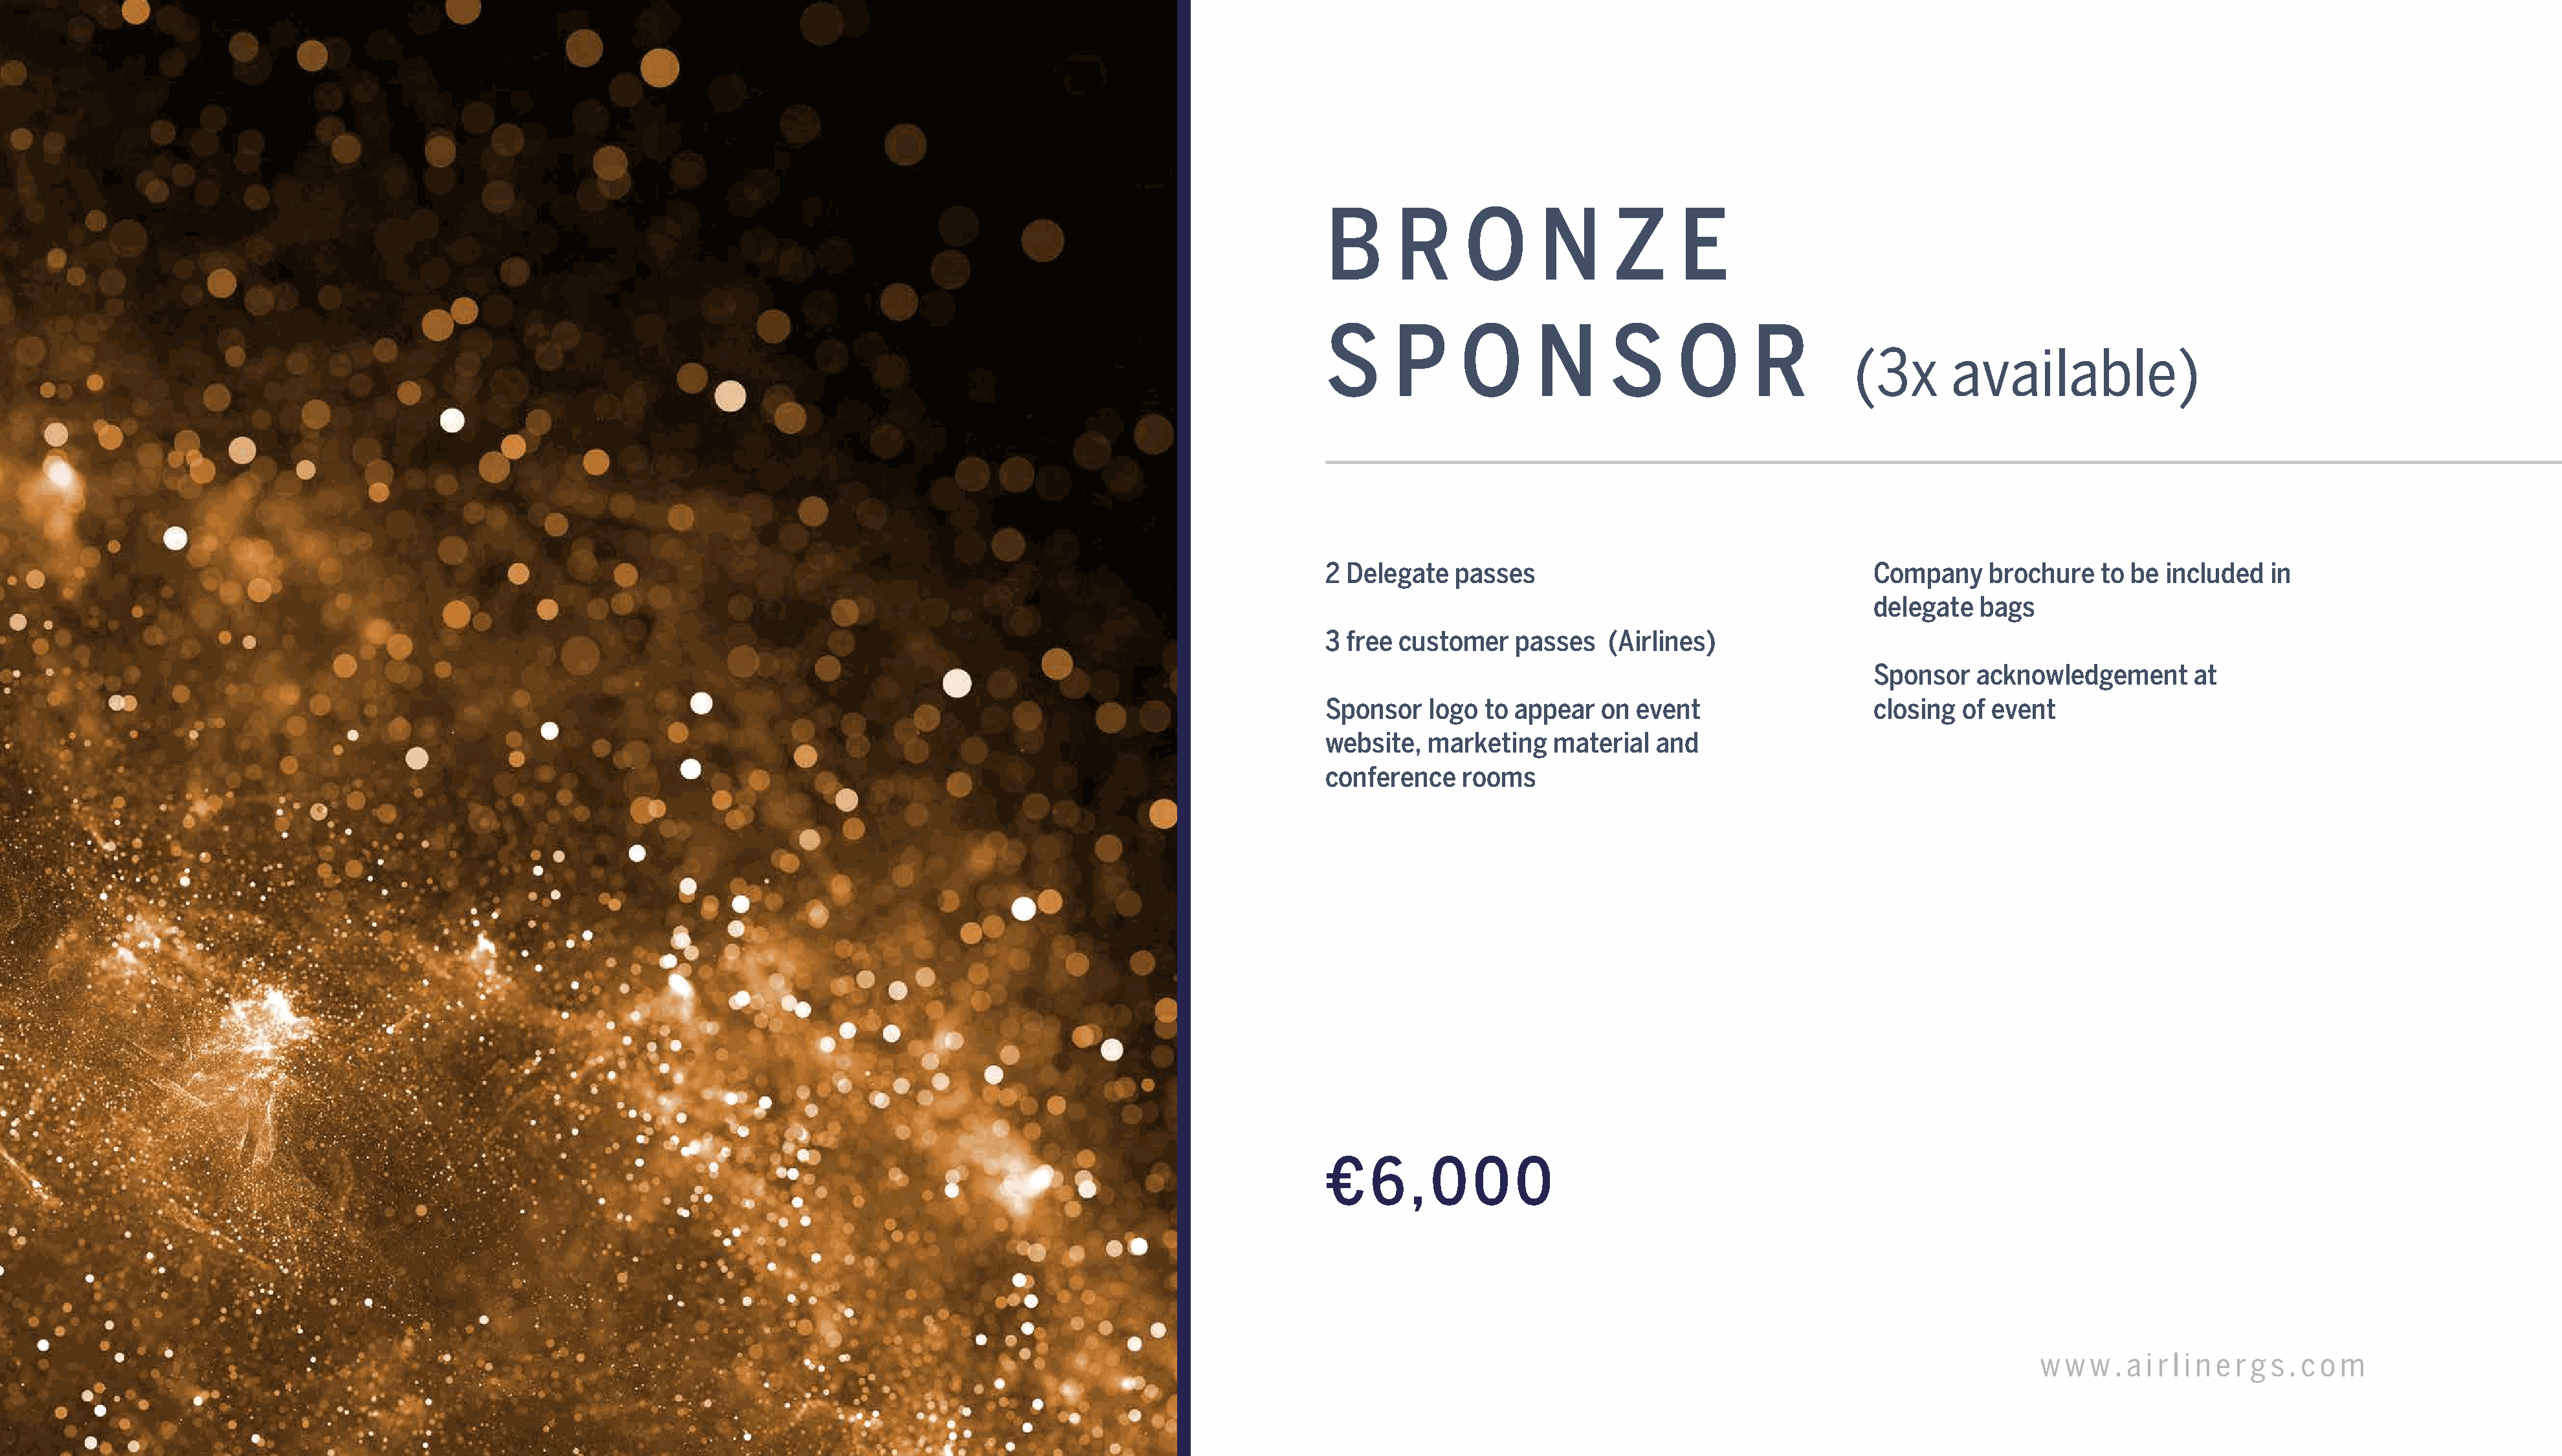
B      R      O      N       Z      E
 S      P     O       N       S      O      R
 (3x       available)
 2 Delegate   passes                                     Company    brochure    to be included   in
 delegate  bags
 3 free customer    passes   (Airlines)
 Sponsor   acknowledgement       at
 Sponsor   logo  to appear   on event                    closing  of event
 website,  marketing    material  and
 conference    rooms
 €   6   , 0    0   0
 AGS    Global    Networking        Summit      2022                                                                                                                                          w w  w . a i r l i n e r g s . c o m